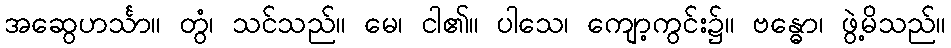
အဆွေဟင်္သာ။ တွံ၊ သင်သည်။ မေ၊ ငါ၏။ ပါသေ၊ ကျော့ကွင်း၌။ ဗန္ဓော၊ ဖွဲ့မိသည်။